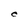
Character: C